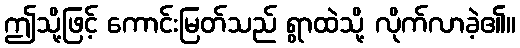
ဤသို့ဖြင့် ကောင်းမြတ်သည် ရွာထဲသို့ လိုက်လာခဲ့၏။